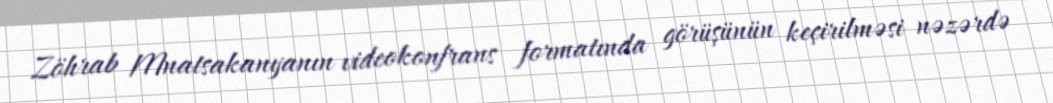
Zöhrab Mnatsakanyanın videokonfrans formatında görüşünün keçirilməsi nəzərdə